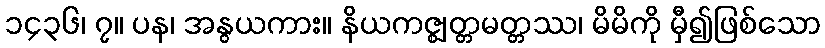
၁၄၃၆၊ ၇။ ပန၊ အနွယကား။ နိယကဇ္ဈတ္တမတ္တဿ၊ မိမိကို မှီ၍ဖြစ်သော